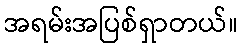
အရမ်းအပြစ်ရှာတယ်။